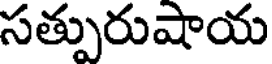
సత్పురుషాయ